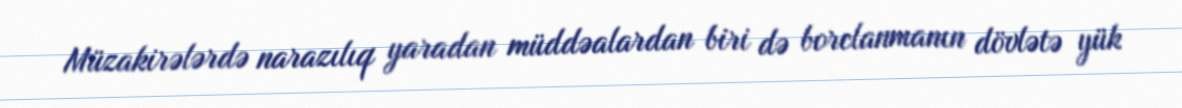
Müzakirələrdə narazılıq yaradan müddəalardan biri də borclanmanın dövlətə yük